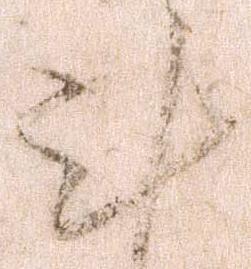
計